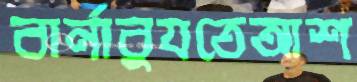
বার্নাবুযতেআশ